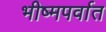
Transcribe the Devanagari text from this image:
भीष्मपर्वात